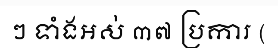
ៗ ទាំងអស់ ៣៧ ប្រការ (